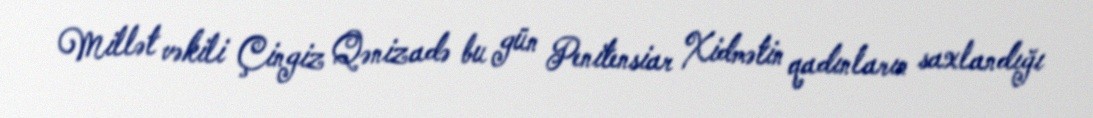
Millət vəkili Çingiz Qənizadə bu gün Penitensiar Xidmətin qadınların saxlandığı